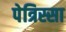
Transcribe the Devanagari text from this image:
पेत्रिस्सा